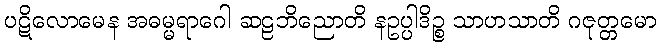
ပဋိလောမေန အဓမ္မရာဂေါ ဆဠဘိညောတိ နဥပ္ပါဒိဉ္စ သာဟသာတိ ဂဇုတ္တမော